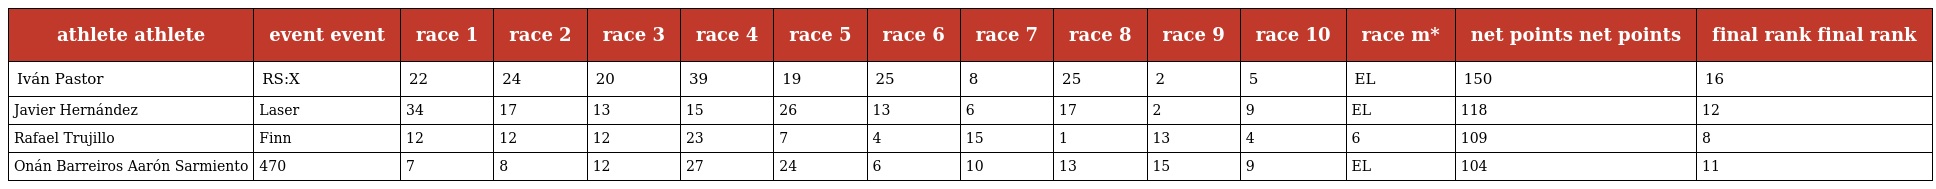
| athlete athlete | event event | race 1 | race 2 | race 3 | race 4 | race 5 | race 6 | race 7 | race 8 | race 9 | race 10 | race m* | net points net points | final rank final rank |
 | --- | --- | --- | --- | --- | --- | --- | --- | --- | --- | --- | --- | --- | --- | --- |
 | Iván Pastor | RS:X | 22 | 24 | 20 | 39 | 19 | 25 | 8 | 25 | 2 | 5 | EL | 150 | 16 |
 | Javier Hernández | Laser | 34 | 17 | 13 | 15 | 26 | 13 | 6 | 17 | 2 | 9 | EL | 118 | 12 |
 | Rafael Trujillo | Finn | 12 | 12 | 12 | 23 | 7 | 4 | 15 | 1 | 13 | 4 | 6 | 109 | 8 |
 | Onán Barreiros Aarón Sarmiento | 470 | 7 | 8 | 12 | 27 | 24 | 6 | 10 | 13 | 15 | 9 | EL | 104 | 11 |